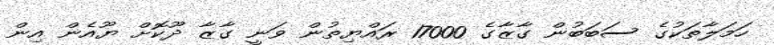
ހަމަލާތަކުގެ ސަބަބުން ގާޒާގެ 17000 ރައްޔިތުން ވަނީ ގާޒާ ދޫކޮށް ޔޫއެން އިން